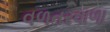
વળતરવાળા